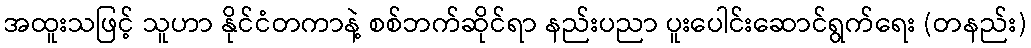
အထူးသဖြင့် သူဟာ နိုင်ငံတကာနဲ့ စစ်ဘက်ဆိုင်ရာ နည်းပညာ ပူးပေါင်းဆောင်ရွက်ရေး (တနည်း)